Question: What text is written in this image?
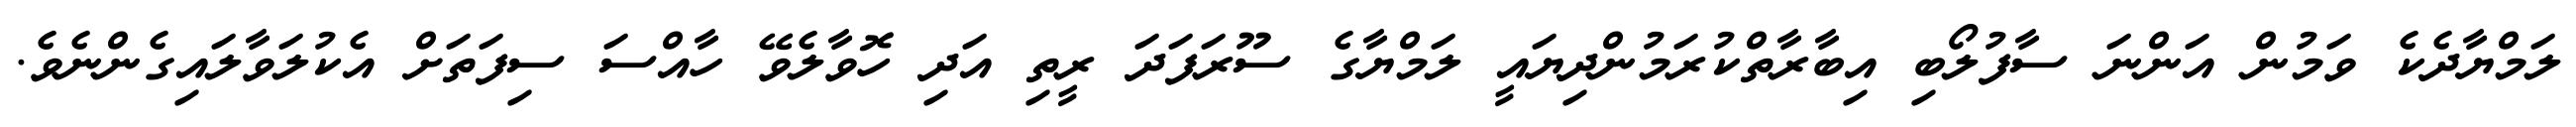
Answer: ލަމްޔާދެކެ ވަމުން އަންނަ ސާފުލޯބި އިބާރާތްކުރަމުންދިޔައީ ލަމްޔާގެ ސޫރަފަދަ ރީތި އަދި ހޮވާލެވޭ ހާއްސަ ސިފަތަށް އެކުލަވާލައިގެންނެވެ.